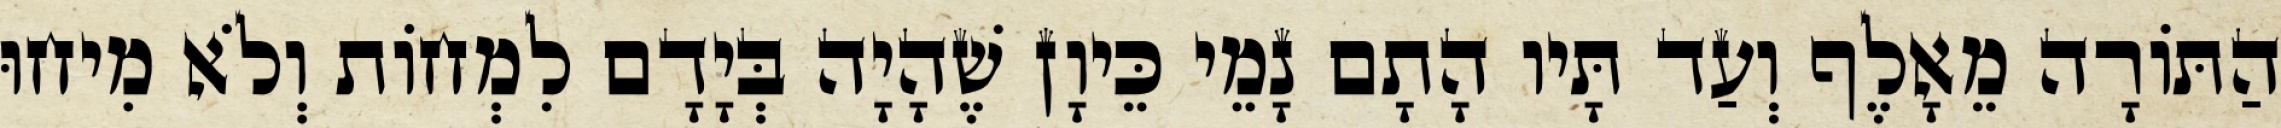
הַתּוֹרָה מֵאָלֶף וְעַד תָּיו הָתָם נָמֵי כֵּיוָן שֶׁהָיָה בְּיָדָם לִמְחוֹת וְלֹא מִיחוּ